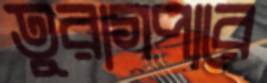
তুরাগপারে